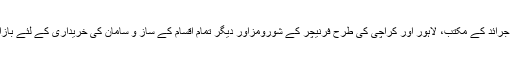
اس کے علاوہ رسائل و جرائد کے مکتب، لاہور اور کراچی کی طرح فرنیچر کے شورومزاور دیگر تمام اقسام کے ساز و سامان کی خریداری کے لئے بازار بھی یہیں موجود ہیں۔